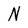
Character: N